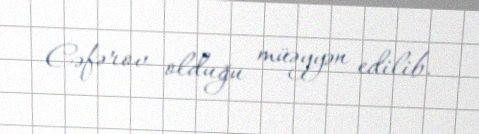
Cəfərov olduğu müəyyən edilib.